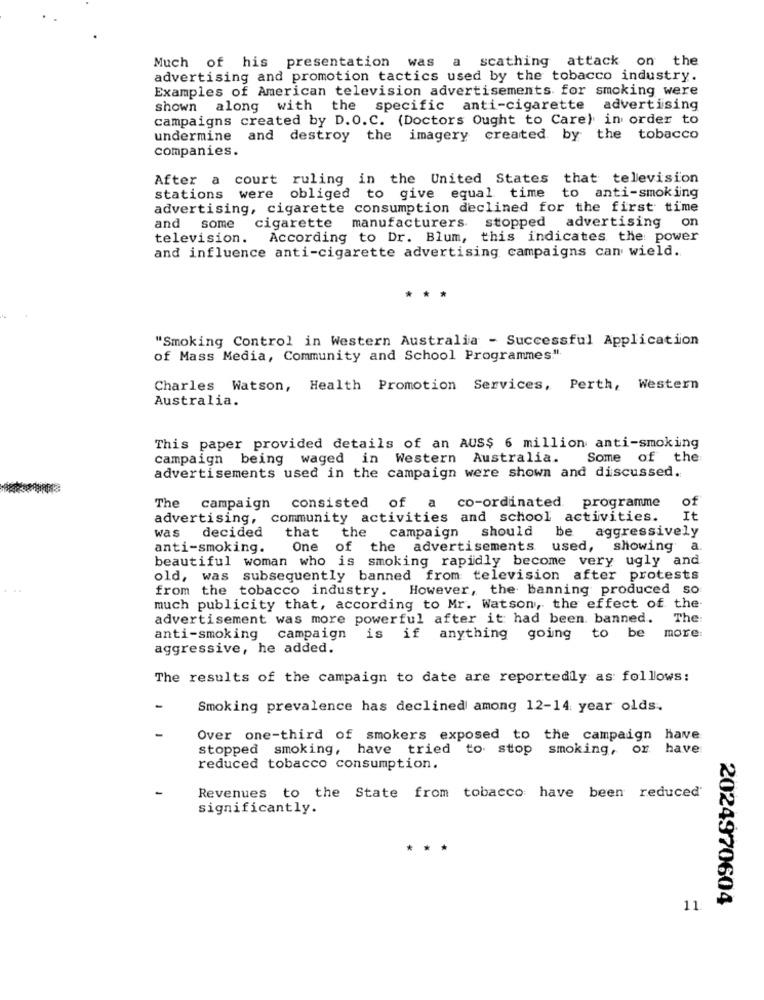
scathing attack on the
Much of his presentation was a
advertising and promotion tactics used by the tobacco industry.
Examples of American television advertisements. for smoking were
shown along with the specific anti-cigarette advertising
campaigns created by D.O.C. (Doctors Ought to Care) in order to
undermine and destroy the imagery created by the tobacco
companies.
After a court ruling in the United States that television
stations were obliged to give equal time
to anti-smoking
advertising, cigarette consumption declined for the first time
cigarette
and
some
manufacturers stopped advertising on
television.
According to Dr. Blum, this indicates the power
and influence anti-cigarette advertising campaigns can wield.
***
"Smoking Control in Western Australia - Successful Application
of Mass Media, Community and School Programmes.".
Charles Watson, Health Promotion Services, Perth, Western
Australia.
This paper provided details of an AUS$ 6 million anti-smoking
campaign being waged in Western Australia.
Some of the
advertisements used in the campaign were shown and discussed.
consisted of a co-ordinated programme
of
The
campaign
advertising, community activities and school activities.
It
was
decided
that the campaign should be
aggressively
anti-smoking.
One of the advertisements used, showing
a.
beautiful woman who is smoking rapidly become very ugly and
old, was subsequently banned from television after protests
...
from the tobacco industry. However, the banning produced so
much publicity that, according to Mr. Watson, the effect of the
advertisement was more powerful after it had been banned. The:
more:
anti-smoking campaign is if anything going
to be
aggressive, he added.
The results of the campaign to date are reportedly as follows:
-
Smoking prevalence has declined among 12-14 year olds.
Over one-third of smokers exposed to the campaign have
stopped smoking, have tried to stop smoking, or have
reduced tobacco consumption.
Revenues to the State from tobacco have been reduced'
significantly.
2024970604
11.